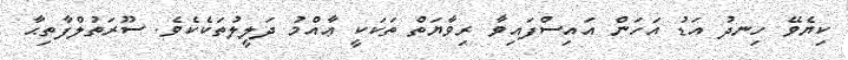
ކިޔެވޭ ހިނދު އަޑު އަހަން އައިސްފައިވާ ރިވާޔަތް ތަކަކީ ޢާއްމު ދަލީލުތަކެކެވެ. ސޫރަތުލްފާތިޙާ